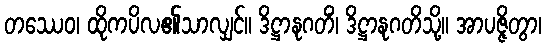
တဿေဝ၊ ထိုကပိလ၏သာလျှင်။ ဒိဋ္ဌာနုဂတိံ၊ ဒိဋ္ဌာနုဂတိသို့။ အာပဇ္ဇိတွာ၊